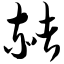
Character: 赭